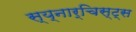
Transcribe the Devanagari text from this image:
स्य्नार्चिस्ट्स